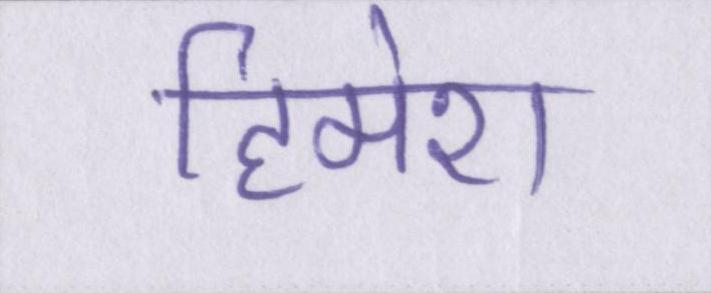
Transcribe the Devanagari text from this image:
हिमेश